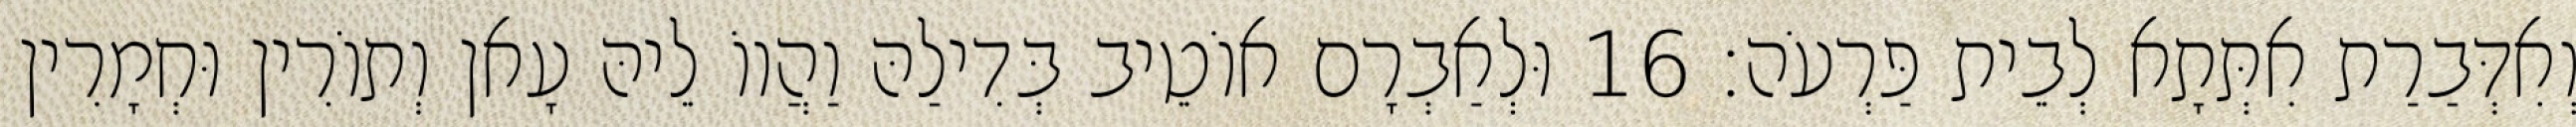
וְאִדְּבַרַת אִתְּתָא לְבֵית פַּרְעֹה׃ 16 וּלְאַבְרָם אוֹטֵיב בְּדִילַהּ וַהֲווֹ לֵיהּ עָאן וְתוֹרִין וּחְמָרִין